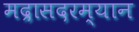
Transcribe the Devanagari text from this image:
मद्रासदरम्यान